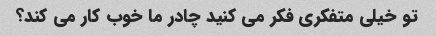
تو خیلی متفکری فکر می کنید چادر ما خوب کار می کند؟